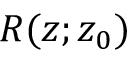
R ( z ; z _ { 0 } )